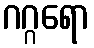
ဂဂ္ဂရော